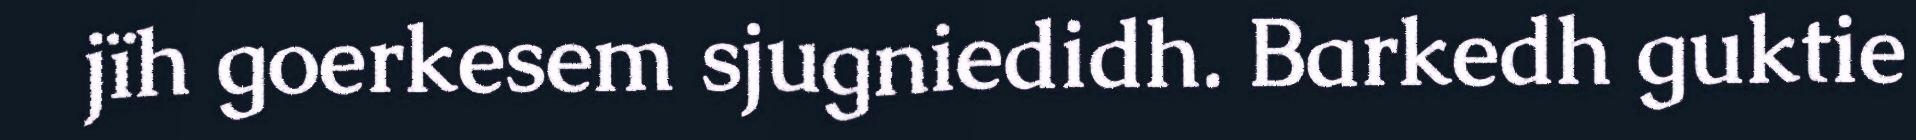
jïh goerkesem sjugniedidh. Barkedh guktie